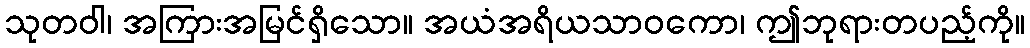
သုတဝါ၊ အကြားအမြင်ရှိသော။ အယံအရိယသာဝကော၊ ဤဘုရားတပည့်ကို။